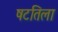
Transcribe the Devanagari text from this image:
षटतिला